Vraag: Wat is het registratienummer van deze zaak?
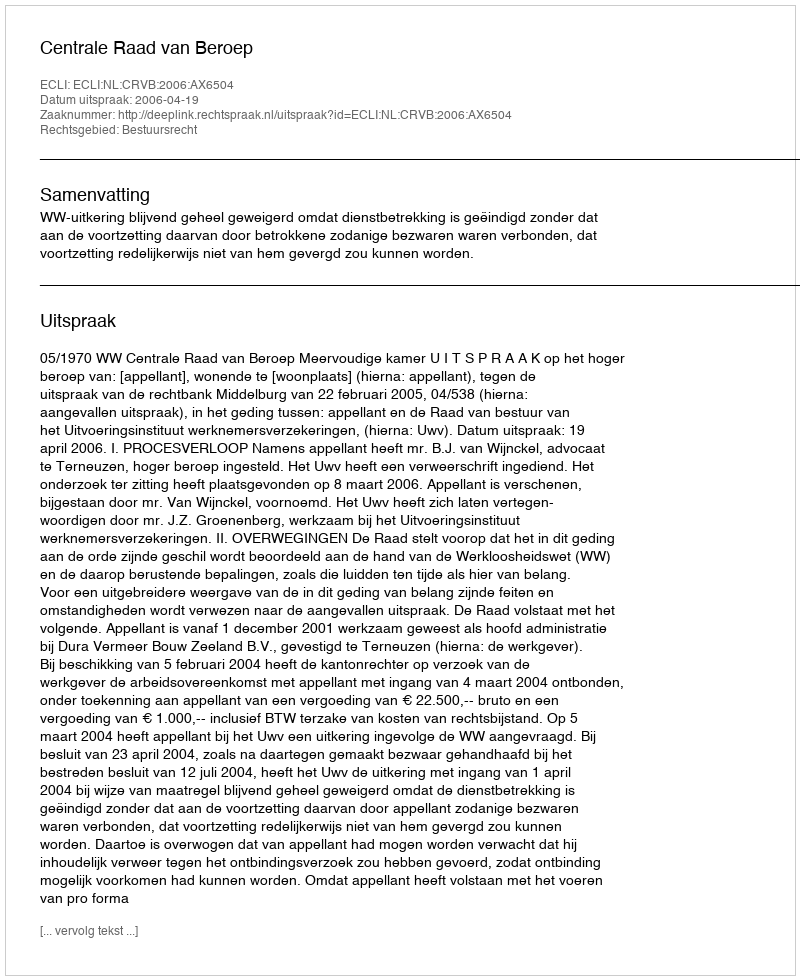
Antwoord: http://deeplink.rechtspraak.nl/uitspraak?id=ECLI:NL:CRVB:2006:AX6504